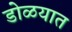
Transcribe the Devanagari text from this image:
डोळयात